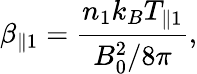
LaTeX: \beta_{\parallel 1}=\frac{n_{1}k_{B}T_{\parallel 1}}{B_{0}^{2}/8\pi},